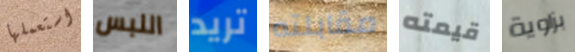
استعملها اللبس تريد مقابلته قيمته بزاوية